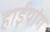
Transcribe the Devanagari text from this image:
हाईयांग